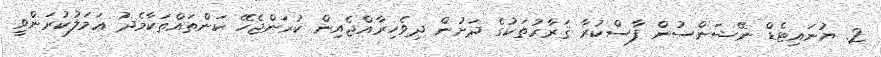
2. ޔުނައިޓެޑް ނޭޝަންސުން ފާސްކުރާ ޤަރާރުތަކުގެ ދަށުން ދިވެހިރާއްޖެއިން ކުރަންޖެހޭ ކަންތައްތަކާމެދު ޢަމަލުކުރަންވީ